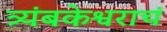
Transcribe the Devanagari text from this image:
त्र्यंबकेश्वराचं